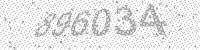
Solution: 896034